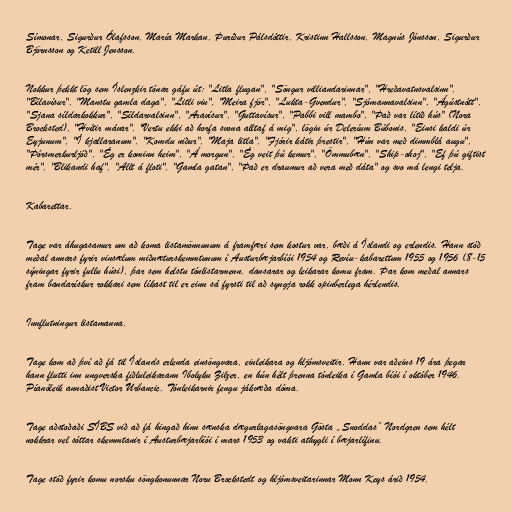
Símonar, Sigurður Ólafsson, María Markan, Þuríður Pálsdóttir, Kristinn Hallsson, Magnús Jónsson, Sigurður
Björnsson og Ketill Jensson.

Nokkur þekkt lög sem Íslenzkir tónar gáfu út: "Litla flugan", "Söngur villiandarinnar", "Hreðavatnsvalsinn",
"Bílavísur", "Manstu gamla daga", "Litli vin", "Meira fjör", "Lukta-Gvendur", "Sjómannavalsinn", "Ágústnótt",
"Sjana síldarkokkur", "Síldarvalsinn", "Aravísur", "Guttavísur", "Pabbi vill mambo", "Það var lítið hús" (Nora
Brocksted), "Hvítir mávar", "Vertu ekki að horfa svona alltaf á mig", lögin úr Deleríum Búbonis, "Einsi kaldi úr
Eyjunum", "Í kjallaranum", "Komdu niður", "Maja litla", "Fjórir kátir þrestir", "Hún var með dimmblá augu",
"Þórsmerkurljóð", "Ég er kominn heim", "Á morgun", "Ég veit þú kemur", "Ömmubæn", "Ship-ohoj", "Ef þú giftist
mér", "Blikandi haf", "Allt á floti", "Gamla gatan", "Það er draumur að vera með dáta" og svo má lengi telja.

Kabarettar.

Tage var áhugasamur um að koma listamönnunum á framfæri sem kostur var, bæði á Íslandi og erlendis. Hann stóð
meðal annars fyrir vinsælum miðnæturskemmtunum í Austurbæjarbíói 1954 og Revíu-kabarettum 1955 og 1956 (8-15
sýningar fyrir fullu húsi), þar sem helstu tónlistarmenn, dansarar og leikarar komu fram. Þar kom meðal annars
fram bandarískur rokkari sem líkast til er einn sá fyrsti til að syngja rokk opinberlega hérlendis.

Innflutningur listamanna.

Tage kom að því að fá til Íslands erlenda einsöngvara, einleikara og hljómsveitir. Hann var aðeins 19 ára þegar
hann flutti inn ungverska fiðluleikarann Ibolyku Zilzer, en hún hélt þrenna tónleika í Gamla bíói í október 1946.
Píanóleik annaðist Victor Urbancic. Tónleikarnir fengu jákvæða dóma.

Tage aðstoðaði SÍBS við að fá hingað hinn sænska dægurlagasöngvara Gösta „Snoddas” Nordgren sem hélt
nokkrar vel sóttar skemmtanir í Austurbæjarbíói í mars 1953 og vakti athygli í bæjarlífinu.

Tage stóð fyrir komu norsku söngkonunnar Noru Brockstedt og hljómsveitarinnar Monn Keys árið 1954.